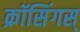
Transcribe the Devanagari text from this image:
क्रॉसिंगस्